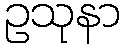
ဥသုနာ